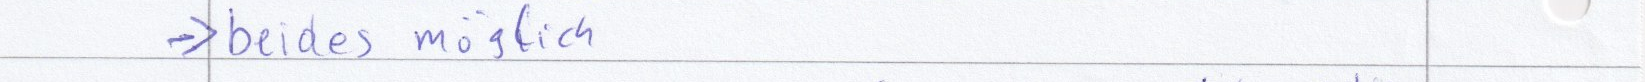
-> beides möglich